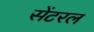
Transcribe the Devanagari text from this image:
सेंटरल